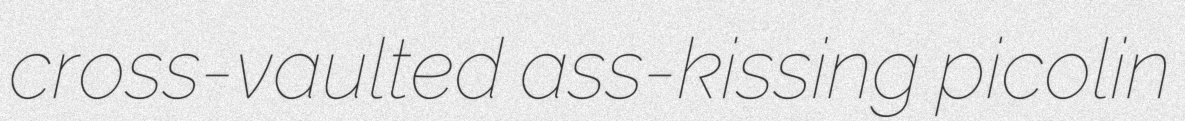
cross-vaulted ass-kissing picolin